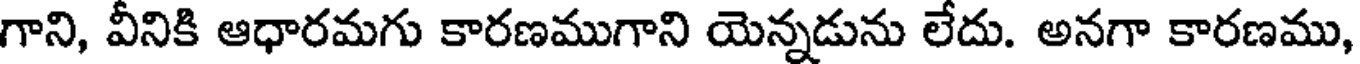
గాని, వీనికి ఆధారమగు కారణముగాని యెన్నడును లేదు. అనగా కారణము,